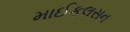
માઈકલસન